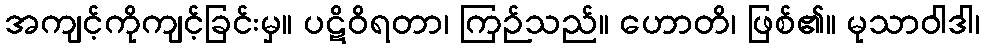
အကျင့်ကိုကျင့်ခြင်းမှ။ ပဋိဝိရတာ၊ ကြဉ်သည်။ ဟောတိ၊ ဖြစ်၏။ မုသာဝါဒါ၊